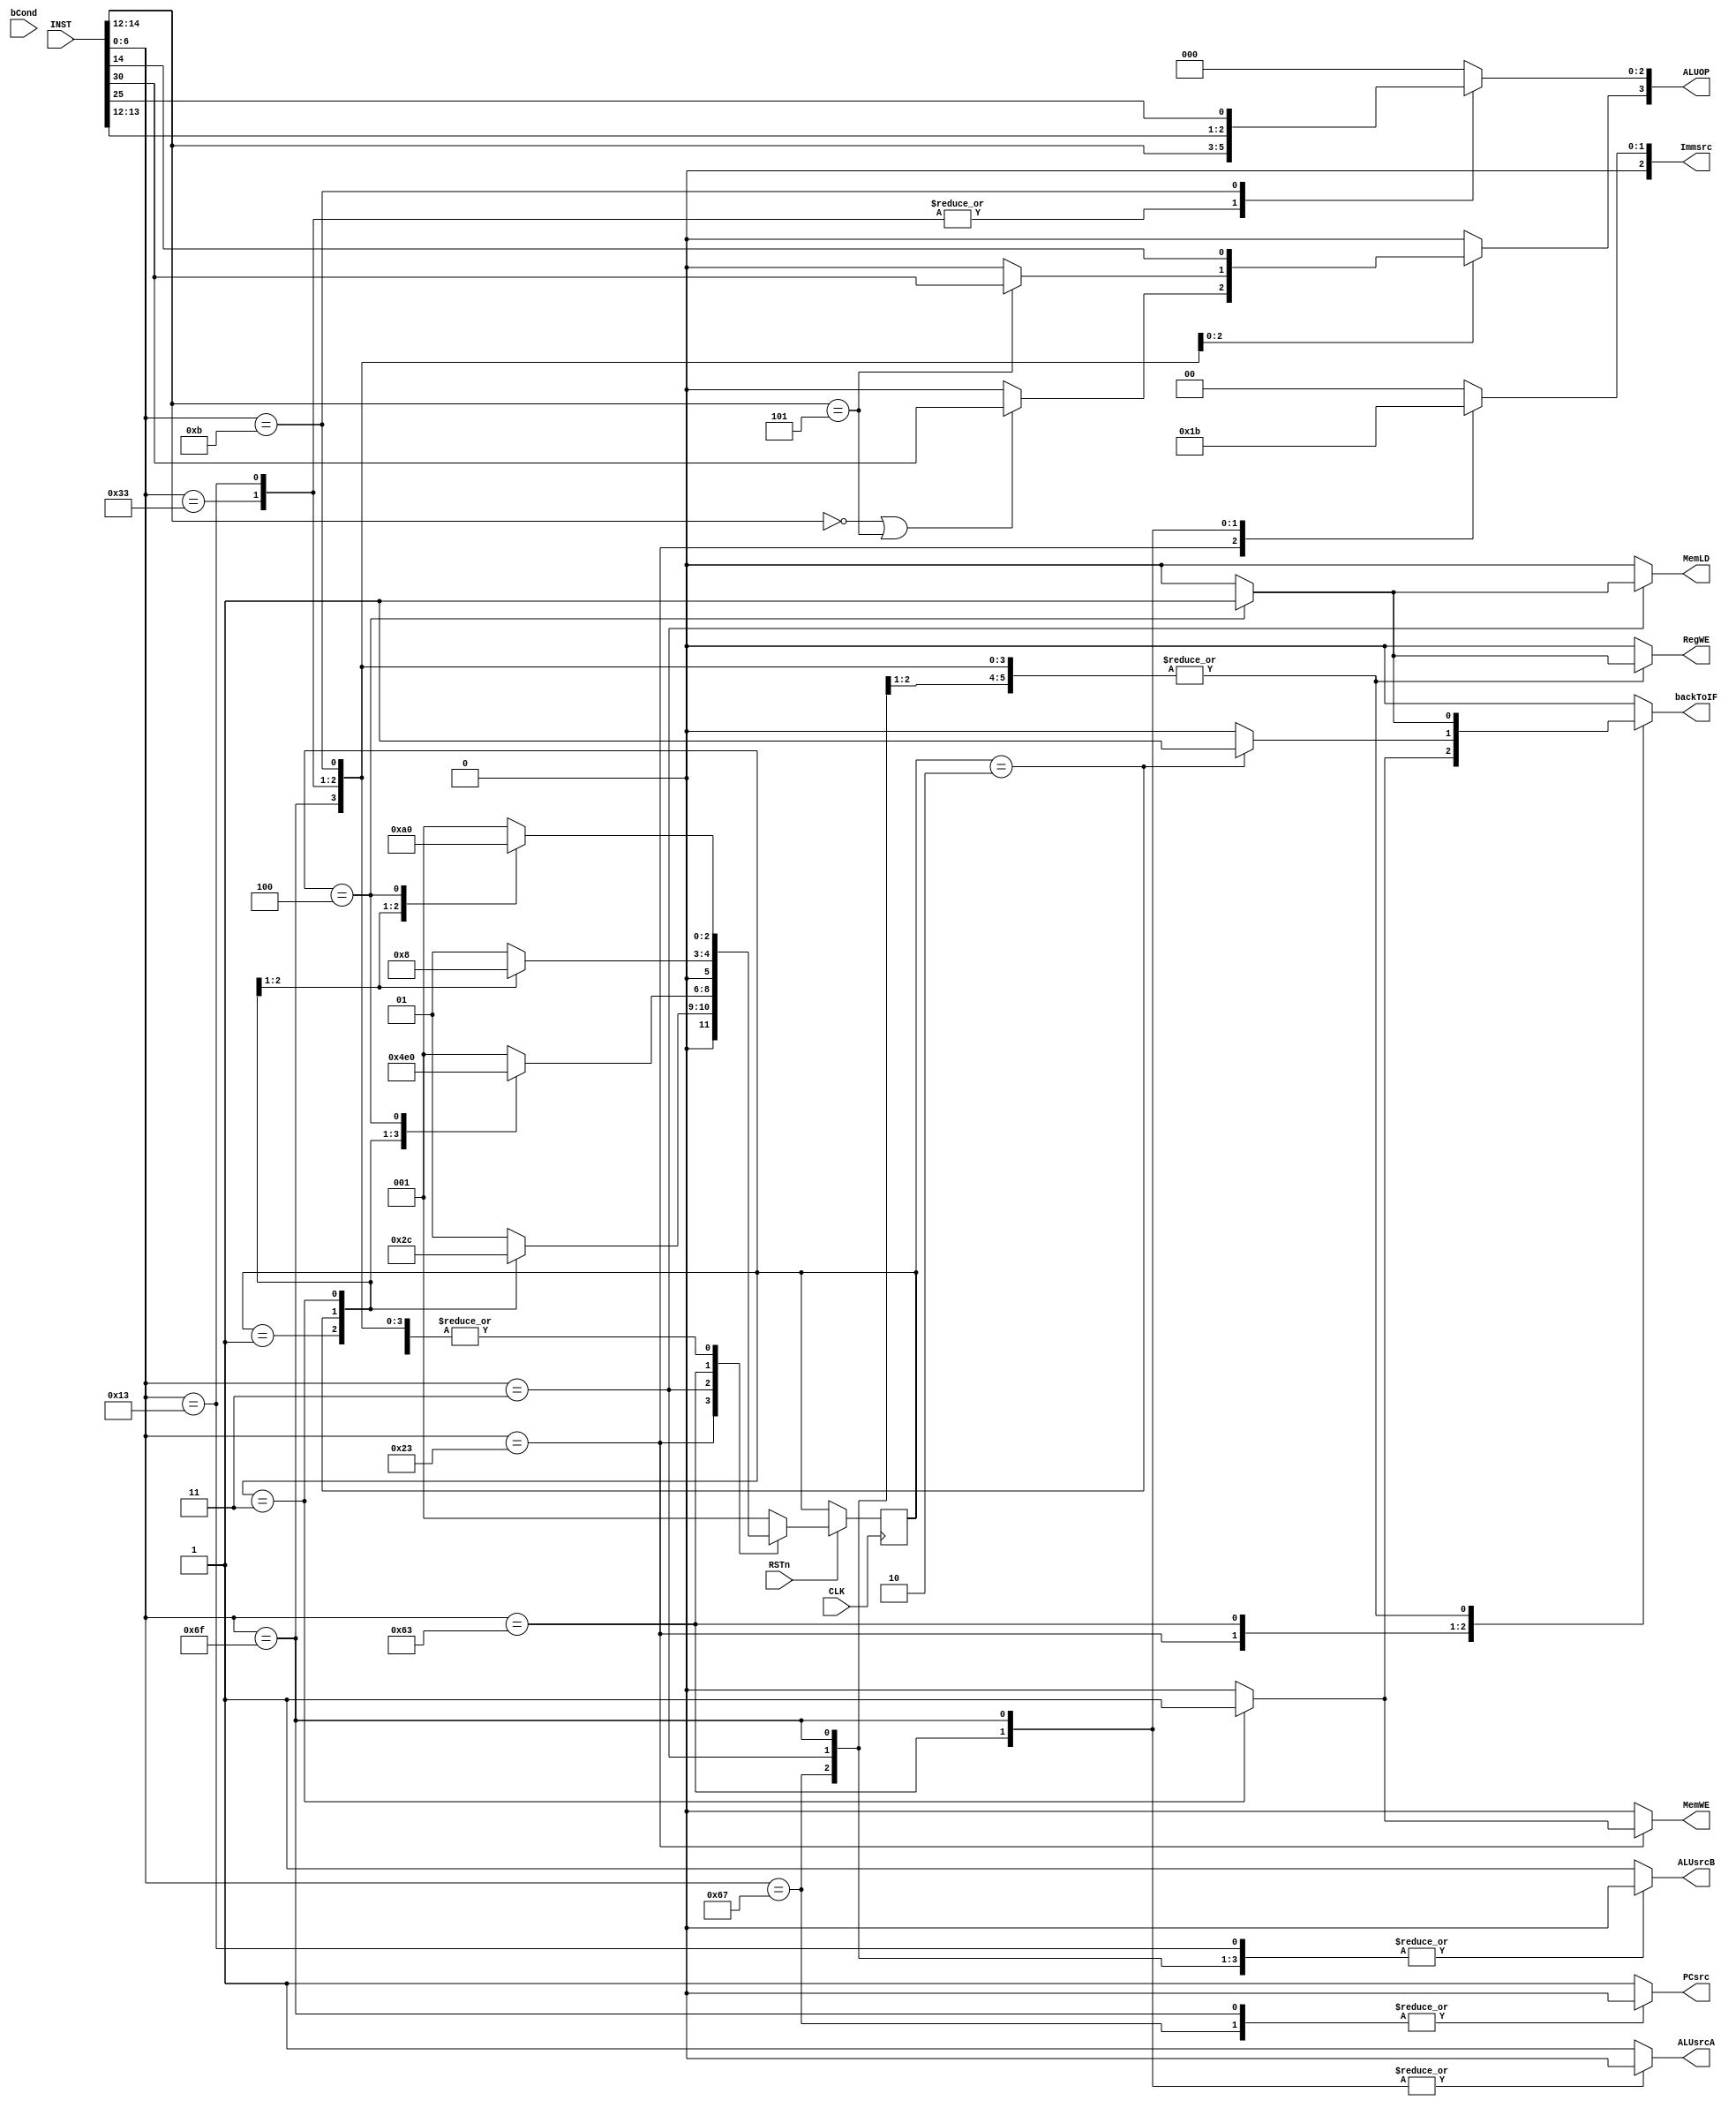
module CTRL (
    input wire [31:0] INST,
    input wire [2:0] bCond,
    input wire CLK,
    input wire RSTn,

	output reg RegWE,
    output reg [3:0] ALUOP,
    output reg ALUsrcA,
    output reg ALUsrcB, 
    output reg [2:0] Immsrc,
    output reg MemWE,
    output reg MemLD,
    output reg PCsrc,
    output reg backToIF
    );

    reg [2:0] state, state_next; // IF, ID, EX, MEM, WB = 000, 001, 010, 011, 100

	initial begin
        state_next = 3'b001;
        backToIF = 0;
    end

    always @(posedge CLK) begin
        if(RSTn) state <= state_next;
    end

    always @(*) begin
        case (INST[6:0])
            // r-type
			7'b0110011: begin
                ALUOP = {1'b0, INST[14:12]};
                if (INST[14:12] == 3'b000 || INST[14:12] == 3'b101)
                    ALUOP[3] = INST[30];
                ALUsrcA = 1;
                ALUsrcB = 1;
                Immsrc = 3'b000; // x
                MemWE = 0;
                MemLD = 0;
                PCsrc = 1;

                case(state)
                    3'b000: begin
                        state_next = 3'b001;
                        backToIF = 0;    
                        RegWE = 0;
                    end
                    3'b001: begin
                        state_next = 3'b010;
                        backToIF = 0;
                        RegWE = 0;
                    end
                    3'b010: begin
                        state_next = 3'b100;
                        backToIF = 0;
                        RegWE = 0;
                    end
                    3'b100: begin
                        state_next = 3'b000; 
                        backToIF = 1;
                        RegWE = 1;
                    end
                    default: begin
                        state_next = 3'b001;
                        backToIF = 0;
                        RegWE = 0;
                    end
                endcase

            end

            // i-type
            7'b0010011: begin
                ALUOP = {1'b0, INST[14:12]};
                if (INST[14:12] == 3'b101)
                    ALUOP[3] = INST[30];
                ALUsrcA = 1;
                ALUsrcB = 0;
                Immsrc = 3'b000;
                MemWE = 0;
                MemLD = 0;
                PCsrc = 1;

                case(state)
                    3'b000: begin
                        state_next = 3'b001;
                        backToIF = 0;  
                        RegWE = 0;  
                    end
                    3'b001: begin
                        state_next = 3'b010;
                        backToIF = 0;
                        RegWE = 0;
                    end
                    3'b010: begin
                        state_next = 3'b100;
                        backToIF = 0;
                        RegWE = 0;
                    end
                    3'b100: begin
                        state_next = 3'b000; 
                        backToIF = 1;
                        RegWE = 1;
                    end
                    default: begin
                        state_next = 3'b001;
                        backToIF = 0;
                        RegWE = 0;
                    end
                endcase
            end

            // custom
			7'b0001011: begin
                
                ALUOP = {INST[14:12], INST[25]};
                ALUsrcA = 1;
                ALUsrcB = 1;
                Immsrc = 0; // x
                MemWE = 0;
                MemLD = 0;
                PCsrc = 1;

                case(state)
                    3'b000: begin
                        state_next = 3'b001;
                        backToIF = 0;
                        RegWE = 0;    
                    end
                    3'b001: begin
                        state_next = 3'b010;
                        backToIF = 0;
                        RegWE = 0;
                    end
                    3'b010: begin
                        state_next = 3'b100;
                        backToIF = 0;
                        RegWE = 0;
                    end
                    3'b100: begin
                        state_next = 3'b000; 
                        backToIF = 1;
                        RegWE = 1;
                    end
                    default: begin
                        state_next = 3'b001;
                        backToIF = 0;
                        RegWE = 0;
                    end
                endcase
            end

            // store
            7'b0100011: begin
                RegWE = 0; 
                ALUOP = 4'b0000;
                ALUsrcA = 1;
                ALUsrcB = 0;
                Immsrc = 3'b001;
                
                MemLD = 0;
                PCsrc = 1;

                case(state)
                    3'b000: begin
                        state_next = 3'b001;
                        backToIF = 0;
                        MemWE = 0;  
                    end
                    3'b001: begin
                        state_next = 3'b010;
                        backToIF = 0;
                        MemWE = 0;
                    end
                    3'b010: begin
                        state_next = 3'b011;
                        backToIF = 0;
                        MemWE = 0;
                    end
                    3'b011: begin
                        state_next = 3'b000; 
                        backToIF = 1;
                        MemWE = 1;
                    end
                    default: begin
                        state_next = 3'b001;
                        backToIF = 0;
                        MemWE = 0;
                    end
                endcase
            end

            // load
            7'b0000011: begin
                ALUOP = 4'b0000;
                ALUsrcA = 1;
                ALUsrcB = 0;
                Immsrc = 3'b000;
                MemWE = 0;
                
                PCsrc = 1;

                case(state)
                    3'b000: begin
                        state_next = 3'b001;
                        backToIF = 0;  
                        RegWE = 0;  
                        MemLD = 0;
                    end
                    3'b001: begin
                        state_next = 3'b010;
                        backToIF = 0;
                        RegWE = 0;
                        MemLD = 0;
                    end
                    3'b010: begin
                        state_next = 3'b011;
                        backToIF = 0;
                        RegWE = 0;
                        MemLD = 0;
                    end
                    3'b011: begin
                        state_next = 3'b100; 
                        backToIF = 0;
                        RegWE = 0;
                        MemLD = 0;
                    end
                    3'b100: begin
                        state_next = 3'b000; 
                        backToIF = 1;
                        RegWE = 1;
                        MemLD = 1;
                    end
                    default: begin
                        state_next = 3'b001;
                        backToIF = 0;
                        RegWE = 0;
                        MemLD = 0;
                    end
                endcase
            end

            // JALR
            7'b1100111: begin
                ALUOP = 4'b0000;
                ALUsrcA = 1;
                ALUsrcB = 0;
                Immsrc = 3'b000;
                MemWE = 0;
                MemLD = 0;
                PCsrc = 0;

                case(state)
                    3'b000: begin
                        state_next = 3'b001;
                        backToIF = 0;    
                        RegWE = 0;
                    end
                    3'b001: begin
                        state_next = 3'b010;
                        backToIF = 0;
                        RegWE = 0;
                    end
                    3'b010: begin
                        state_next = 3'b100;
                        backToIF = 0;
                        RegWE = 0;
                    end
                    3'b100: begin
                        state_next = 3'b000; 
                        backToIF = 1;
                        RegWE = 1;
                    end
                    default: begin
                        state_next = 3'b001;
                        backToIF = 0;
                        RegWE = 0;
                    end
                endcase
            end

            // Branch
            7'b1100011: begin
                RegWE = 0; 
                ALUOP = 4'b0000;
                ALUsrcA = 0;
                ALUsrcB = 0;
                Immsrc = 3'b010;
                MemWE = 0;
                MemLD = 0;
                PCsrc = 1;
                
                case(state)
                    3'b000: begin
                        state_next = 3'b001;
                        backToIF = 0;    
                    end
                    3'b001: begin
                        state_next = 3'b010;
                        backToIF = 0;
                    end
                    3'b010: begin
                        state_next = 3'b000;
                        backToIF = 1;
                    end
                    default: begin
                        state_next = 3'b001;
                        backToIF = 0;
                    end
                endcase
            end

            // JAL
            7'b1101111: begin
                ALUOP = 4'b0000;
                ALUsrcA = 0;
                ALUsrcB = 0;
                Immsrc = 3'b011;
                MemWE = 0;
                MemLD = 0;
                PCsrc = 0;

                case(state)
                    3'b000: begin
                        state_next = 3'b001;
                        backToIF = 0;  
                        RegWE = 0;  
                    end
                    3'b001: begin
                        state_next = 3'b010;
                        backToIF = 0;
                        RegWE = 0;
                    end
                    3'b010: begin
                        state_next = 3'b100;
                        backToIF = 0;
                        RegWE = 0;
                    end
                    3'b100: begin
                        state_next = 3'b000; 
                        backToIF = 1;
                        RegWE = 1;
                    end
                    default: begin
                        state_next = 3'b001;
                        backToIF = 0;
                        RegWE = 0;
                    end
                endcase
            end

			default: begin
				RegWE = 0;
                ALUOP = 4'b0000;
                ALUsrcA = 1;
                ALUsrcB = 1;
                Immsrc = 3'b000;
                MemWE = 0;
                MemLD = 0;
                PCsrc = 1;
                state_next = 3'b001;
                backToIF = 0;
			end
		endcase
    end
	
endmodule